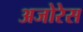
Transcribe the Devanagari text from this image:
अजोरेस